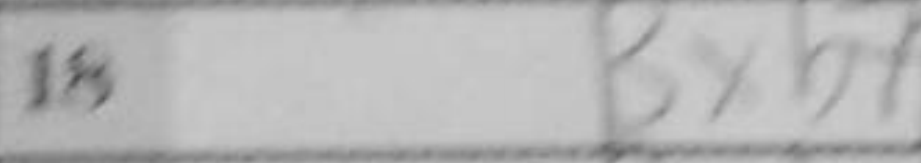
Transcription: Bxb7